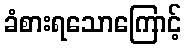
ခံစားရသောကြောင့်